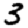
Digit: 3